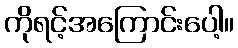
ကိုရင့်အကြောင်းပေါ့။